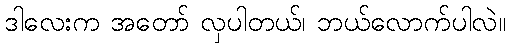
ဒါလေးက အတော် လှပါတယ်၊ ဘယ်လောက်ပါလဲ။